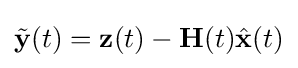
{\tilde {\mathbf {y} }}(t)=\mathbf {z} (t)-\mathbf {H} (t){\hat {\mathbf {x} }}(t)